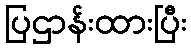
ပြဌာန်းထားပြီး